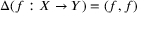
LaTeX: \Delta ( f : X \to Y ) = ( f , f )